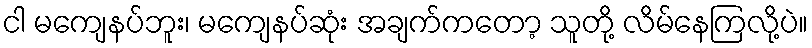
ငါ မကျေနပ်ဘူး၊ မကျေနပ်ဆုံး အချက်ကတော့ သူတို့ လိမ်နေကြလို့ပဲ။